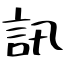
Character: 訊